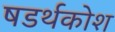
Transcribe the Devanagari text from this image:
षडर्थकोश